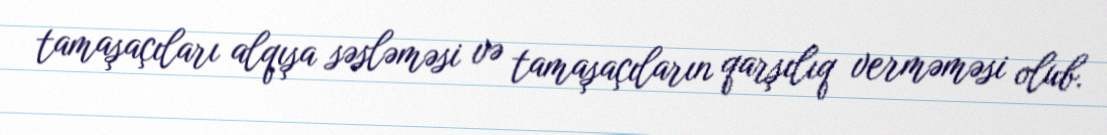
tamaşaçıları alqışa səsləməsi və tamaşaçıların qarşılıq verməməsi olub.